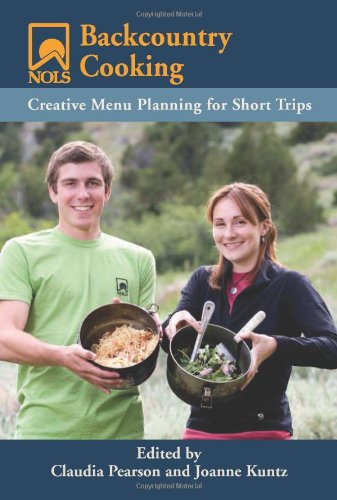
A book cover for NOLS Backcountry Cooking: Creative Menu Planning for Short Trips (NOLS Library); Cookbooks, Food & Wine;